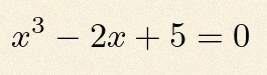
x^3-2x+5=0